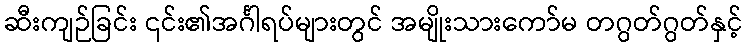
ဆီးကျဉ်ခြင်း ၎င်း၏အင်္ဂါရပ်များတွင် အမျိုးသားကော်မ တဂွတ်ဂွတ်နှင့်